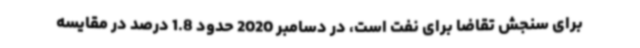
برای سنجش تقاضا برای نفت است، در دسامبر 2020 حدود 1.8 درصد در مقایسه